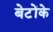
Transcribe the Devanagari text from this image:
बेटोंके